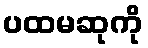
ပထမဆုကို